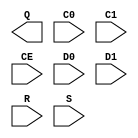
// $Header: /devl/xcs/repo/env/Databases/CAEInterfaces/verplex_libs/data/simprims/Attic/X_ODDR2.v,v 1.1.2.1 2004/09/28 20:47:46 wloo Exp $

`timescale 1 ps / 1 ps

module X_ODDR2 (Q, C0, C1, CE, D0, D1, R, S);

    output Q;
    input C0;
    input C1;
    input CE;
    input D0;
    input D1;
    input R;
    input S;
    parameter DDR_ALIGNMENT = "NONE";    
    parameter INIT = 1'b0;
    parameter SRTYPE = "SYNC";

endmodule // X_ODDR2